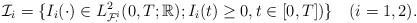
LaTeX: \begin{align*}\mathcal{I}_i=\{I_i(\cdot)\in L^2_{\mathcal{F}_\cdot^i}(0,T;\mathbb{R});I_i(t)\geq 0,t\in [0,T])\}\quad(i=1,2).\end{align*}